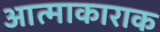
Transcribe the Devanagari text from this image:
आत्माकाराक